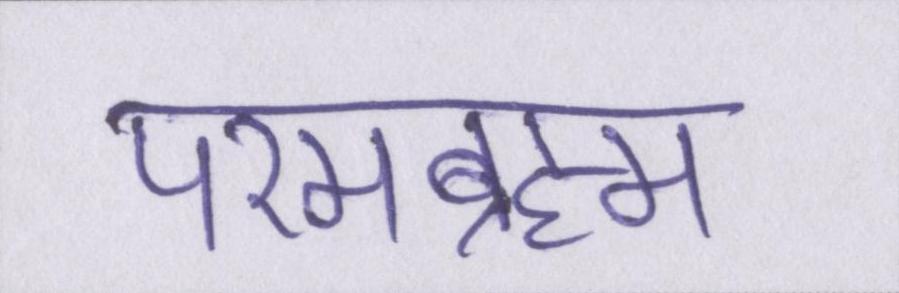
परमब्रह्म